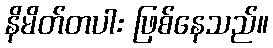
နိမိတ်တပါး ဖြစ်နေသည်။